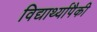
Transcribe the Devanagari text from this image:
विद्यार्थ्यापैकी